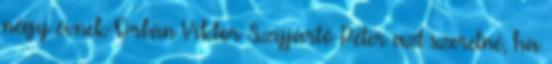
négy évnek Orbán Viktor Szijjártó Péter azt szeretné, ha